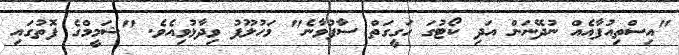
"އިސްތިއުފާއެއް ނުދޭނަން އަދި ކޯޓުގަ ހަގީގަތް ސާފުވާނެ" މަހުލޫފު ވިދާޅުވިއެވެ. "ޝަމީމްގެ ފޮތުގައި